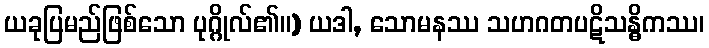
ယခုပြမည်ဖြစ်သော ပုဂ္ဂိုလ်၏။) ယဒါ, သောမနဿ သဟဂတပဋိသန္ဓိကဿ၊